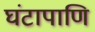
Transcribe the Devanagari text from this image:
घंटापाणि